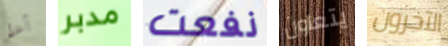
أعلم مدبر نفعت يتعاون الآخرون